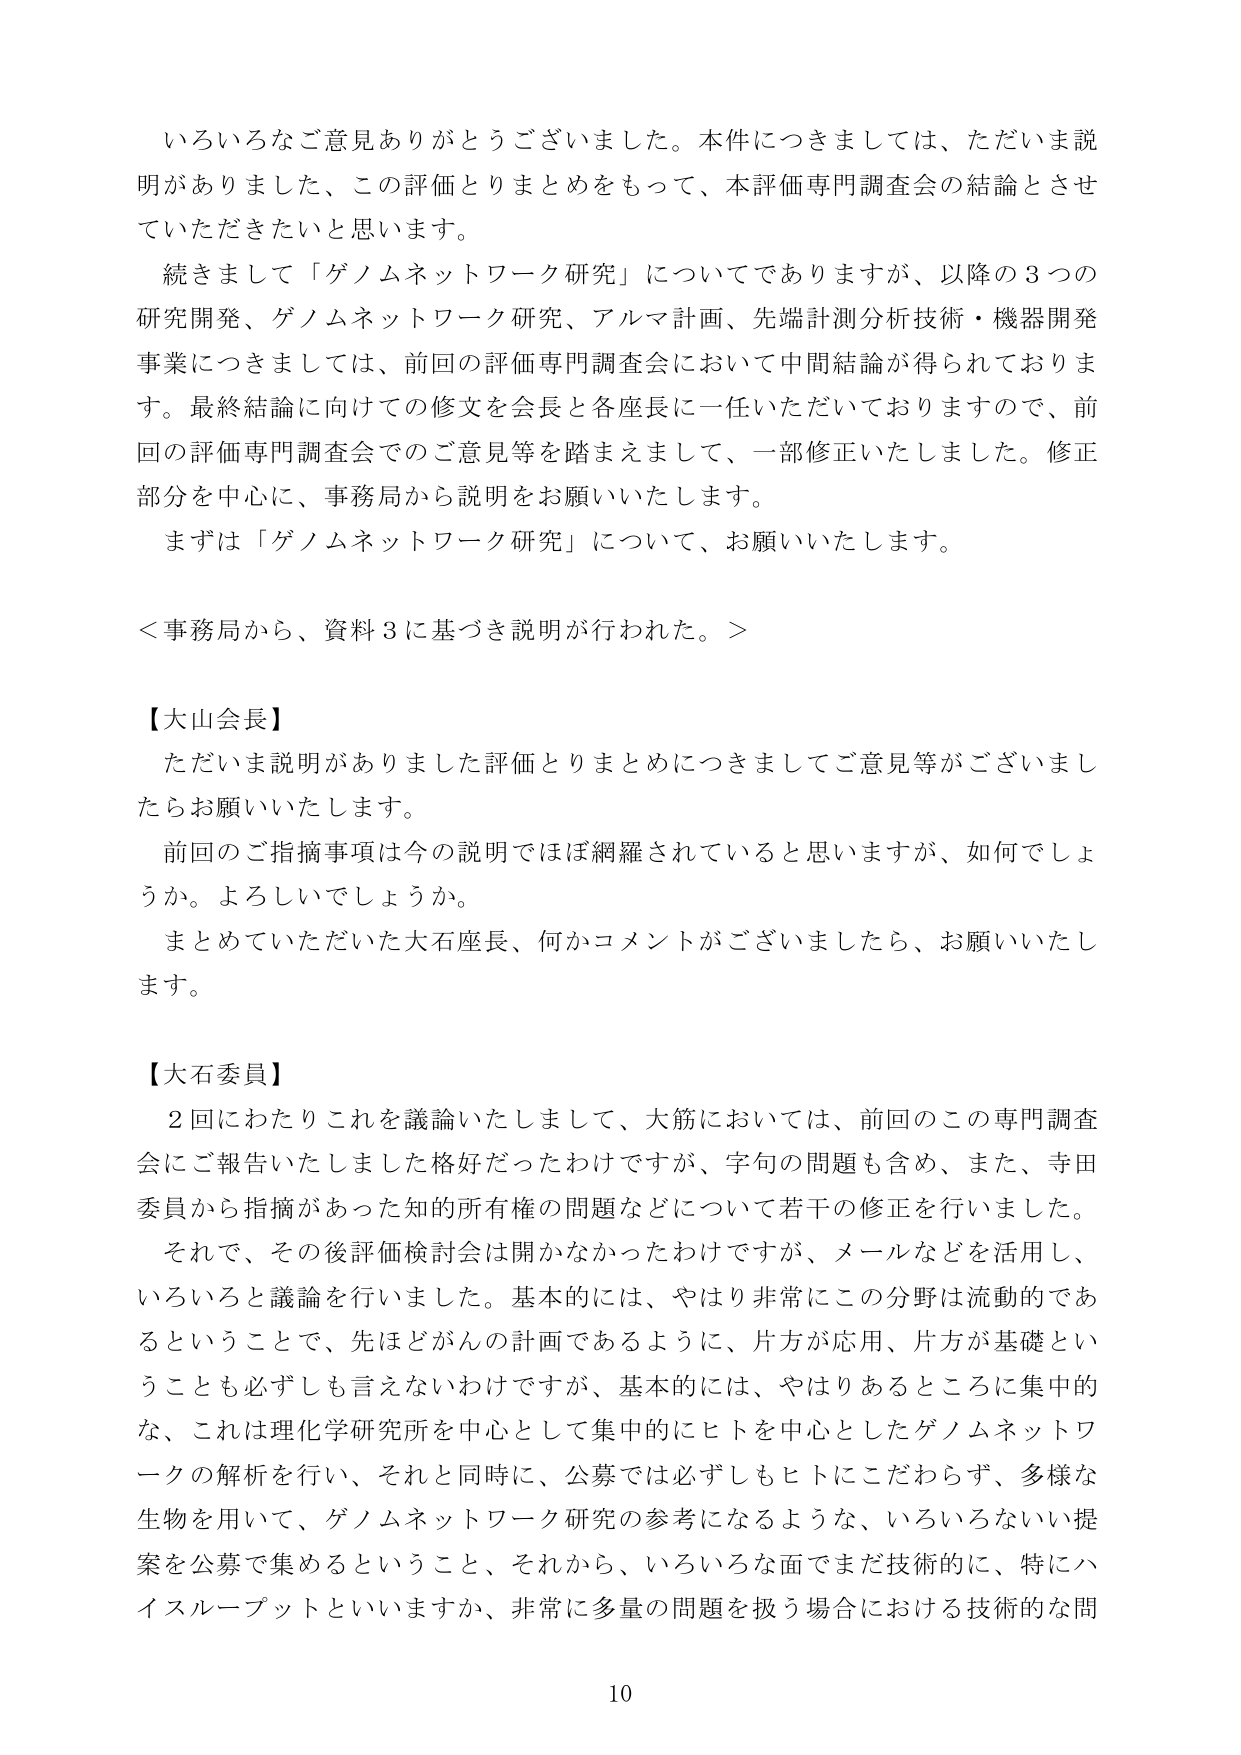
いろいろなご意見ありがとうございました。本件につきましては、ただいま説明がありました、この評価とりまとめをもって、本評価専門調査会の結論とさせていただきたいと思います。

続きまして「ゲノムネットワーク研究」についてでありますが、以降の3つの研究開発、ゲノムネットワーク研究、アルマ計画、先端計測分析技術・機器開発事業につきましては、前回の評価専門調査会において中間結論が得られております。最終結論に向けての修文を会長と各座長に一任いただいておりますので、前回の評価専門調査会でのご意見等を踏まえまして、一部修正いたしました。修正部分を中心に、事務局から説明をお願いいたします。

まずは「ゲノムネットワーク研究」について、お願いいたします。

＜事務局から、資料3に基づき説明が行われた。＞

【大山会長】
ただいま説明がありました評価とりまとめにつきましてご意見等がございましたらお願いいたします。
前回のご指摘事項は今の説明でほぼ網羅されていると思いますが、如何でしょうか。よろしいでしょうか。
まとめていただいた大石座長、何かコメントがございましたら、お願いいたします。

【大石委員】
2回にわたりこれを議論いたしまして、大筋においては、前回のこの専門調査会にご報告いたしました格好だったわけですが、字句の問題も含め、また、寺田委員から指摘があった知的所有権の問題などについて若干の修正を行いました。
それで、その後評価検討会は開かなかったわけですが、メールなどを活用し、いろいろと議論を行いました。基本的には、やはり非常にこの分野は流動的であるということで、先ほどがんの計画であるように、片方が応用、片方が基礎ということを必ずしも言えないわけですが、基本的には、やはりあるところに集中的な、これは理化学研究所を中心として集中的にヒトを中心としたゲノムネットワークの解析を行い、それと同時に、公募では必ずしもヒトにこだわらず、多様な生物を用いて、ゲノムネットワーク研究の参考になるような、いろいろないい提案を公募で集めるということ、それから、いろいろな面でまだ技術的に、特にハイスループットといいますか、非常に多量の問題を扱う場合における技術的な問

10